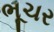
ભૂચર